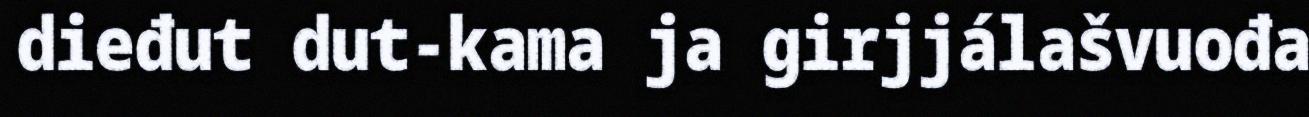
dieđut dut-kama ja girjjálašvuođa